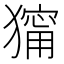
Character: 𤢆